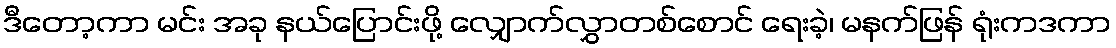
ဒီတော့ကာ မင်း အခု နယ်ပြောင်းဖို့ လျှောက်လွှာတစ်စောင် ရေးခဲ့၊ မနက်ဖြန် ရုံးကဒကာ